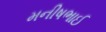
મનીષભાઈ